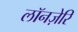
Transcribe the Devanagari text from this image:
लॉनज़ेरि